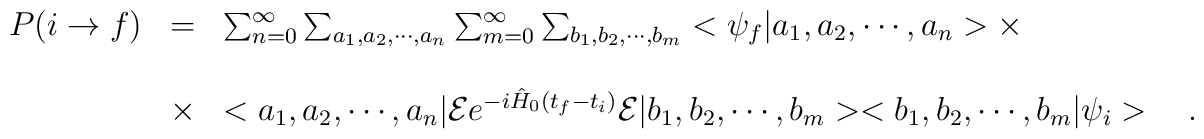
\begin{array}{c c l}P(i\rightarrow f)&=&\sum_{n=0}^\infty\sum_{a_1,a_2,\cdots,a_n}\sum_{m=0}^\infty\sum_{b_1,b_2,\cdots,b_m}<\psi_f|a_1,a_2,\cdots,a_n>\times \\ \\&\times &<a_1,a_2,\cdots,a_n|{\cal E}e^{-i\hat{H}_0(t_f-t_i)}{\cal E}|b_1,b_2,\cdots,b_m><b_1,b_2,\cdots,b_m|\psi_i>\ \ \ .\end{array}